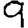
Digit: 9